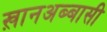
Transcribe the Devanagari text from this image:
ख़ानअब्बासी